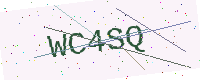
Text: WC4SQ